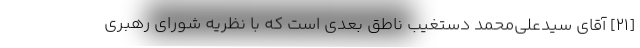
[۲۱] آقای سیدعلی‌محمد دستغیب ناطق بعدی است که با نظریه شورای رهبری